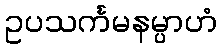
ဥပသင်္ကမနမ္ပာဟံ